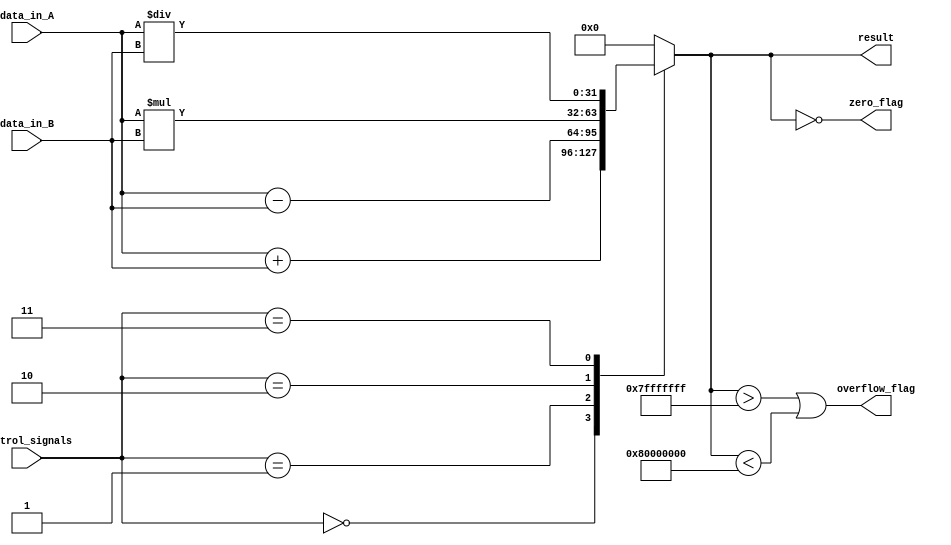
module ALU(
    input [31:0] data_in_A,
    input [31:0] data_in_B,
    input [2:0] control_signals,
    output reg [31:0] result,
    output reg zero_flag,
    output reg overflow_flag
);

reg [31:0] add_result, sub_result, mul_result, div_result;

always @(*)
begin
    case(control_signals)
        3'b000:   result = data_in_A + data_in_B; // Addition
        3'b001:   result = data_in_A - data_in_B; // Subtraction
        3'b010:   result = data_in_A * data_in_B; // Multiplication
        3'b011:   result = data_in_A / data_in_B; // Division
        default: result = 32'h00000000;
    endcase
end

always @(*)
begin
    zero_flag = (result == 32'h00000000);
    overflow_flag = (result > 32'h7FFFFFFF || result < -32'h80000000);
end

endmodule